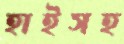
হাইসহ